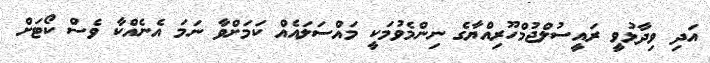
އަދި ވިދާޅުވީ ރައީސުލްޖުމްހޫރިއްޔާގެ ނިންމެވުމަކީ މައްސަލައެއް ކަމަށްވާ ނަމަ އެނެއްކާ ވެސް ކޯޓަށް